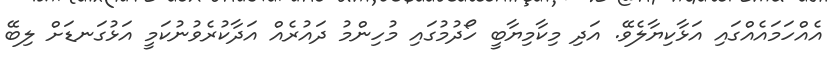
އެއްހަމައެއްގައި އަޅާކިޔާލެވޭ. އަދި މިކާމިޔާބީ ހޯދުމުގައި މުހިންމު ދައުރެއް އަދާކުރެވުނުކަމީ އަޅުގަނޑަށް ލިބޭ